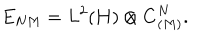
LaTeX: E _ { N M } = L ^ { 2 } ( { \bf H } ) \otimes { \bf C } _ { ( M ) } ^ { N } .